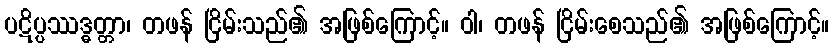
ပဋိပ္ပဿဒ္ဓတ္တာ၊ တဖန် ငြိမ်းသည်၏ အဖြစ်ကြောင့်။ ဝါ၊ တဖန် ငြိမ်းစေသည်၏ အဖြစ်ကြောင့်။